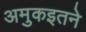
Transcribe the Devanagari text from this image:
अमुकइतने